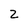
Character: Z